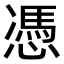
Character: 憑